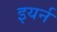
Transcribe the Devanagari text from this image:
इयर्न